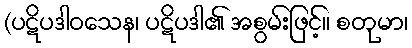
(ပဋိပဒါဝသေန၊ ပဋိပဒါ၏ အစွမ်းဖြင့်။ စတုမာ၊